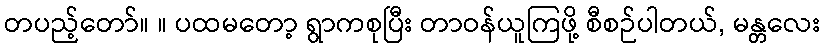
တပည့်တော်။ ။ ပထမတော့ ရွာကစုပြီး တာဝန်ယူကြဖို့ စီစဉ်ပါတယ်, မန္တလေး